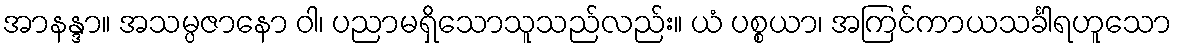
အာနန္ဒာ။ အသမ္ပဇာနော ဝါ၊ ပညာမရှိသောသူသည်လည်း။ ယံ ပစ္စယာ၊ အကြင်ကာယသင်္ခါရဟူသော